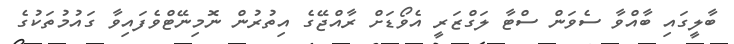
ބާލީގައި ބާއްވާ ސެވަން ސްޓާ ލަގްޒަރީ އެވޯޑަށް ރާއްޖޭގެ އިތުރުން ނޮމިނޭޓްވެފައިވާ ގައުމުތަކުގެ